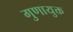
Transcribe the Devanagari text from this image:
गुणायुक्त